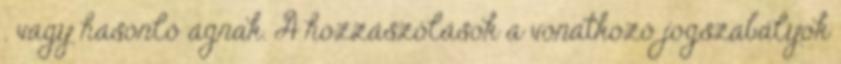
. vagy hasonló ágnak. A hozzászólások a vonatkozó jogszabályok